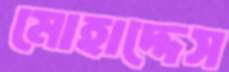
মোহাদ্দেস